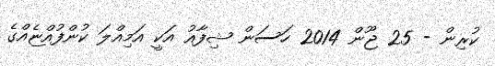
ކުރިން - 25 ޖޫން 2014 ހަސަން ޝިފާއު އަކީ އަމިއްލަ ކުންފުއްޏެއްގެ